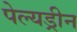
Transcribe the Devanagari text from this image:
पेल्यड्रीन